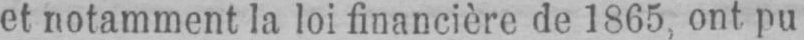
et notamment la loi financière de 1865, ont pu